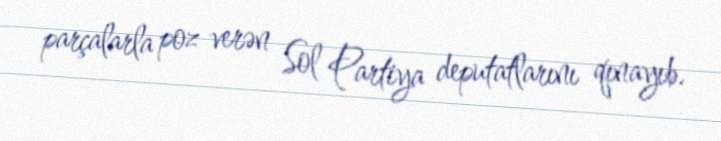
parçalarla poz verən Sol Partiya deputatlarını qınayıb.